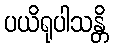
ပယိရုပါသန္တိ